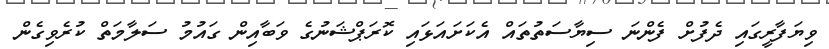
ވިޔަފާރީގައި ދެފުށް ފެންނަ ސިޔާސަތުތައް އެކަށައަޅައި ކޮރަޕްޝަނުގެ ވަބާއިން ގައުމު ސަލާމަތް ކުރެވިގެން